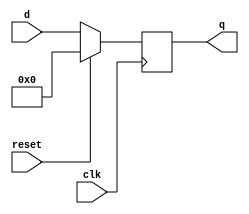
`timescale 1ns / 1ps
//////////////////////////////////////////////////////////////////////////////////
// Company: 
// Engineer: 
// 
// Design Name: 
// Module Name: FlipFlop
// Project Name: 
// Target Devices: 
// Tool Versions: 
// Description: 
// 
// Dependencies: 
// 
// Revision:
// Revision 0.01 - File Created
// Additional Comments:
// 
//////////////////////////////////////////////////////////////////////////////////


module FlipFlop(clk, reset, d, q);

input clk;
input reset;
input [7:0]d;
output reg [7:0]q;

always @(posedge clk)
    begin
        if (reset == 1)
            q <= 0;
        else
            q <= d;
    end
endmodule